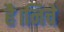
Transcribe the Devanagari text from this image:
है।निचे